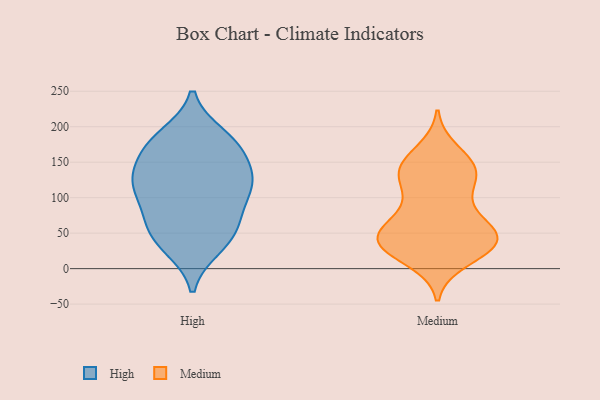
{"axis": {"x": "Operating Costs (USD K)", "y": "Value"}, "legend": ["High", "Medium"], "data": [{"x": "", "y": 120, "type": "High"}, {"x": "", "y": 106, "type": "High"}, {"x": "", "y": 51, "type": "High"}, {"x": "", "y": 158, "type": "High"}, {"x": "", "y": 30, "type": "High"}, {"x": "", "y": 187, "type": "High"}, {"x": "", "y": 77, "type": "High"}, {"x": "", "y": 116, "type": "High"}, {"x": "", "y": 178, "type": "High"}, {"x": "", "y": 33, "type": "High"}, {"x": "", "y": 181, "type": "High"}, {"x": "", "y": 122, "type": "High"}, {"x": "", "y": 123, "type": "High"}, {"x": "", "y": 133, "type": "High"}, {"x": "", "y": 57, "type": "High"}, {"x": "", "y": 167, "type": "High"}, {"x": "", "y": 71, "type": "High"}, {"x": "", "y": 48, "type": "Medium"}, {"x": "", "y": 37, "type": "Medium"}, {"x": "", "y": 96, "type": "Medium"}, {"x": "", "y": 49, "type": "Medium"}, {"x": "", "y": 31, "type": "Medium"}, {"x": "", "y": 135, "type": "Medium"}, {"x": "", "y": 116, "type": "Medium"}, {"x": "", "y": 141, "type": "Medium"}, {"x": "", "y": 133, "type": "Medium"}, {"x": "", "y": 41, "type": "Medium"}, {"x": "", "y": 61, "type": "Medium"}, {"x": "", "y": 165, "type": "Medium"}, {"x": "", "y": 32, "type": "Medium"}, {"x": "", "y": 26, "type": "Medium"}, {"x": "", "y": 46, "type": "Medium"}, {"x": "", "y": 13, "type": "Medium"}, {"x": "", "y": 80, "type": "Medium"}, {"x": "", "y": 43, "type": "Medium"}, {"x": "", "y": 146, "type": "Medium"}, {"x": "", "y": 142, "type": "Medium"}]}